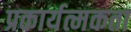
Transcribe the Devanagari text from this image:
प्रकार्यत्मकता